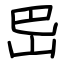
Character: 岊